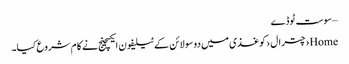
– سوست ٹوڈے
Home›چترال›کوغذی میں دو سو لائن کے ٹیلیفون ایکسچینج نے کا م شروع کیا۔